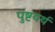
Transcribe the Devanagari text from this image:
पुष्टयर्थ